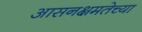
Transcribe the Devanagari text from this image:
आसनक्षमतेच्या